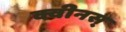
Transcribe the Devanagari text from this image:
क्वीनस्